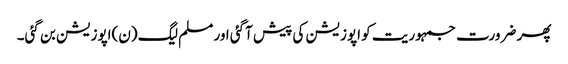
پھر ضرورت جمہوریت کو اپوزیشن کی پیش آگئی اور مسلم لیگ (ن)اپوزیشن بن گئی۔